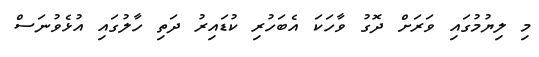
މި ލިޔުމުގައި ވަރަށް ދޮގު ވާހަކަ އެބަހުރި ކުޑައިރު ދަތި ހާލުގައި އުޅެވުނަސް